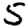
Digit: 5